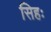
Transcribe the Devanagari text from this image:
सिहः